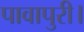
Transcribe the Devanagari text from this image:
पावापुरी।